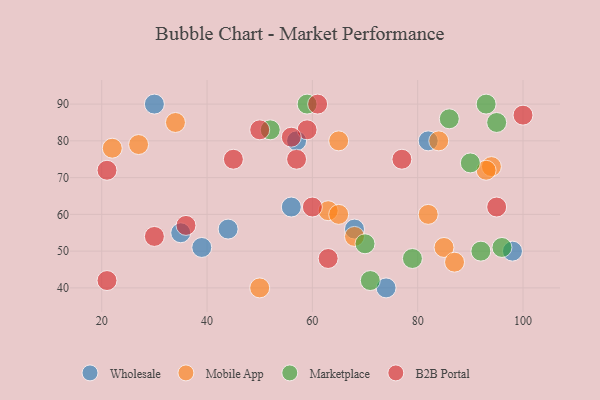
{"axis": {"x": "GDP", "y": "Life Expectancy"}, "legend": ["B2B Portal", "Marketplace", "Mobile App", "Wholesale"], "data": [{"x": "57", "y": 80, "type": "Wholesale"}, {"x": "98", "y": 50, "type": "Wholesale"}, {"x": "74", "y": 40, "type": "Wholesale"}, {"x": "30", "y": 90, "type": "Wholesale"}, {"x": "56", "y": 62, "type": "Wholesale"}, {"x": "82", "y": 80, "type": "Wholesale"}, {"x": "68", "y": 56, "type": "Wholesale"}, {"x": "44", "y": 56, "type": "Wholesale"}, {"x": "39", "y": 51, "type": "Wholesale"}, {"x": "35", "y": 55, "type": "Wholesale"}, {"x": "82", "y": 60, "type": "Mobile App"}, {"x": "22", "y": 78, "type": "Mobile App"}, {"x": "34", "y": 85, "type": "Mobile App"}, {"x": "27", "y": 79, "type": "Mobile App"}, {"x": "65", "y": 80, "type": "Mobile App"}, {"x": "94", "y": 73, "type": "Mobile App"}, {"x": "63", "y": 61, "type": "Mobile App"}, {"x": "84", "y": 80, "type": "Mobile App"}, {"x": "50", "y": 40, "type": "Mobile App"}, {"x": "85", "y": 51, "type": "Mobile App"}, {"x": "65", "y": 60, "type": "Mobile App"}, {"x": "87", "y": 47, "type": "Mobile App"}, {"x": "68", "y": 54, "type": "Mobile App"}, {"x": "93", "y": 72, "type": "Mobile App"}, {"x": "52", "y": 83, "type": "Marketplace"}, {"x": "70", "y": 52, "type": "Marketplace"}, {"x": "90", "y": 74, "type": "Marketplace"}, {"x": "95", "y": 85, "type": "Marketplace"}, {"x": "71", "y": 42, "type": "Marketplace"}, {"x": "93", "y": 90, "type": "Marketplace"}, {"x": "86", "y": 86, "type": "Marketplace"}, {"x": "59", "y": 90, "type": "Marketplace"}, {"x": "96", "y": 51, "type": "Marketplace"}, {"x": "92", "y": 50, "type": "Marketplace"}, {"x": "79", "y": 48, "type": "Marketplace"}, {"x": "95", "y": 62, "type": "B2B Portal"}, {"x": "21", "y": 72, "type": "B2B Portal"}, {"x": "59", "y": 83, "type": "B2B Portal"}, {"x": "36", "y": 57, "type": "B2B Portal"}, {"x": "21", "y": 42, "type": "B2B Portal"}, {"x": "56", "y": 81, "type": "B2B Portal"}, {"x": "30", "y": 54, "type": "B2B Portal"}, {"x": "77", "y": 75, "type": "B2B Portal"}, {"x": "100", "y": 87, "type": "B2B Portal"}, {"x": "63", "y": 48, "type": "B2B Portal"}, {"x": "60", "y": 62, "type": "B2B Portal"}, {"x": "61", "y": 90, "type": "B2B Portal"}, {"x": "57", "y": 75, "type": "B2B Portal"}, {"x": "50", "y": 83, "type": "B2B Portal"}, {"x": "45", "y": 75, "type": "B2B Portal"}]}